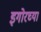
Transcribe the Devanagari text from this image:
इगोरच्या